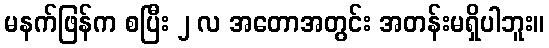
မနက်ဖြန်က စပြီး ၂ လ အတောအတွင်း အတန်းမရှိပါဘူး။